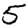
Digit: 5